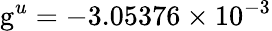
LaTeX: \mathrm{g}^{u}=-3.05376\times 10^{-3}